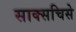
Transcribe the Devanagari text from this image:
साक्सचिसे